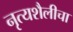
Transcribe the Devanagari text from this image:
नृत्यशैलीचा